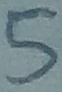
Text: 5